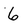
Character: 6